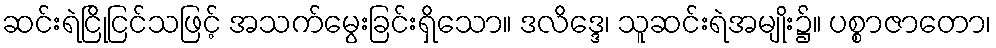
ဆင်းရဲငြိုငြင်သဖြင့် အသက်မွေးခြင်းရှိသော။ ဒလိဒ္ဒေ၊ သူဆင်းရဲအမျိုး၌။ ပစ္စာဇာတော၊